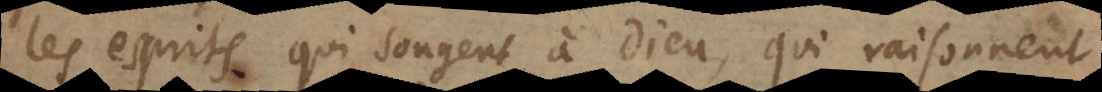
les esprits qui songent à Dieu, qui raisonnent